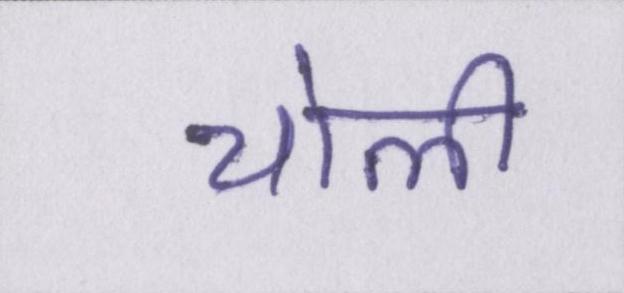
चोली